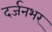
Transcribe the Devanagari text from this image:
दर्जनभर